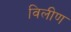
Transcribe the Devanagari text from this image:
विलीण